Indian journal of veterinary science and animal husbandry - Volumes 15-17, 1948-1951
Year: 1948
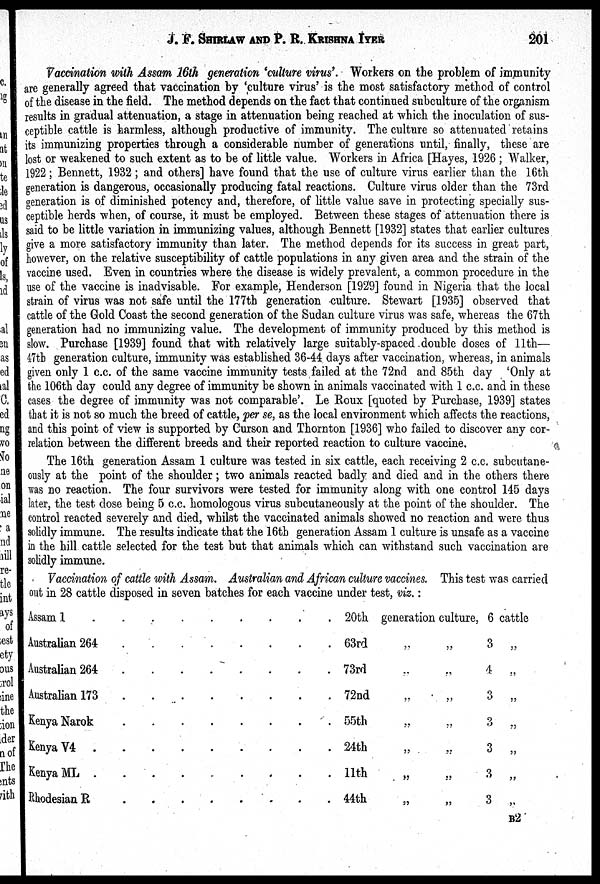
J. F. SHIRLAW AND P. R.
KRISHNA
IYER
201
Vaccination with Assam 16th generation 'culture virus'. Workers on the problem of immunity
are generally agreed that vaccination by 'culture virus' is the most satisfactory method of control
of the disease in the field. The method depends on the fact that continued subculture of the organism
results in gradual attenuation, a stage in attenuation being reached at which the inoculation of sus-
ceptible cattle is harmless, although productive of immunity. The culture so attenuated retains
its immunizing properties through a considerable number of generations until, finally, these are
lost or weakened to such extent as to be of little value. Workers in Africa [Hayes, 1926 ; Walker,
1922; Bennett, 1932; and others] have found that the use of culture virus earlier than the 16th
generation is dangerous, occasionally producing fatal reactions. Culture virus older than the 73rd
generation is of diminished potency and, therefore, of little value save in protecting specially sus-
ceptible herds when, of course, it must be employed. Between these stages of attenuation there is
said to be little variation in immunizing values, although Bennett [1932] states that earlier cultures
give a more satisfactory immunity than later. The method depends for its success in great part,
however, on the relative susceptibility of cattle populations in any given area and the strain of the
vaccine used. Even in countries where the disease is widely prevalent, a common procedure in the
use of the vaccine is inadvisable. For example, Henderson [1929] found in Nigeria that the local
strain of virus was not safe until the 177th generation culture. Stewart [1935] observed that
cattle of the Gold Coast the second generation of the Sudan culture virus was safe, whereas the 67th
generation had no immunizing value. The development of immunity produced by this method is
slow. Purchase [1939] found that with relatively large suitably-spaced double doses of 11th—
47th generation culture, immunity was established 36-44 days after vaccination, whereas, in animals
given only 1 c.c. of the same vaccine immunity tests failed at the 72nd and 85th day 'Only at
the 106th day could any degree of immunity be shown in animals vaccinated with 1 c.c. and in these
cases the degree of immunity was not comparable'. Le Roux [quoted by Purchase, 1939] states
that it is not so much the breed of cattle, per se, as the local environment which affects the reactions,
and this point of view is supported by Curson and Thornton [1936] who failed to discover any cor-
relation between the different breeds and their reported reaction to culture vaccine.
The 16th generation Assam 1 culture was tested in six cattle, each receiving 2 c.c. subcutane-
ously at the point of the shoulder; two animals reacted badly and died and in the others there
was no reaction. The four survivors were tested for immunity along with one control 145 days
later, the test dose being 5 c.c. homologous virus subcutaneously at the point of the shoulder. The
control reacted severely and died, whilst the vaccinated animals showed no reaction and were thus
solidly immune. The results indicate that the 16th generation Assam 1 culture is unsafe as a vaccine
in the hill cattle selected for the test but that animals which can withstand such vaccination are
solidly immune.
Vaccination of cattle with Assam. Australian and African culture vaccines. This test was carried
out in 28 cattle disposed in seven batches for each vaccine under test, viz.:
Assam 1
.
.
.
.
.
.
.
.
.
Australian 264
.
.
.
.
.
.
.
.
Australian 264
.
.
.
.
.
.
.
.
Australian 173
.
.
.
.
.
.
.
.
Kenya Narok
.
.
.
.
.
.
.
.
Kenya V4
.
.
.
.
.
.
.
.
.
.
Kenya ML
.
.
.
.
.
.
.
.
.
.
Rhodesian R
.
.
.
.
.
.
.
.
20th
63rd
73rd
72nd
55th
24th
11th
44th
generation culture,
„ „
„ „
„ „
„ „
„ „
„ „
„ „
6 cattle
3 „
4 „
3 „
3 „
3 „
3 „
3 „
B 2